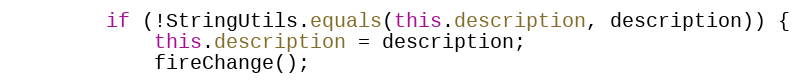
Language: Java
		if (!StringUtils.equals(this.description, description)) {
			this.description = description;
			fireChange();